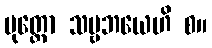
မုတ္တော သဗ္ဗဘယေဟိ စ။